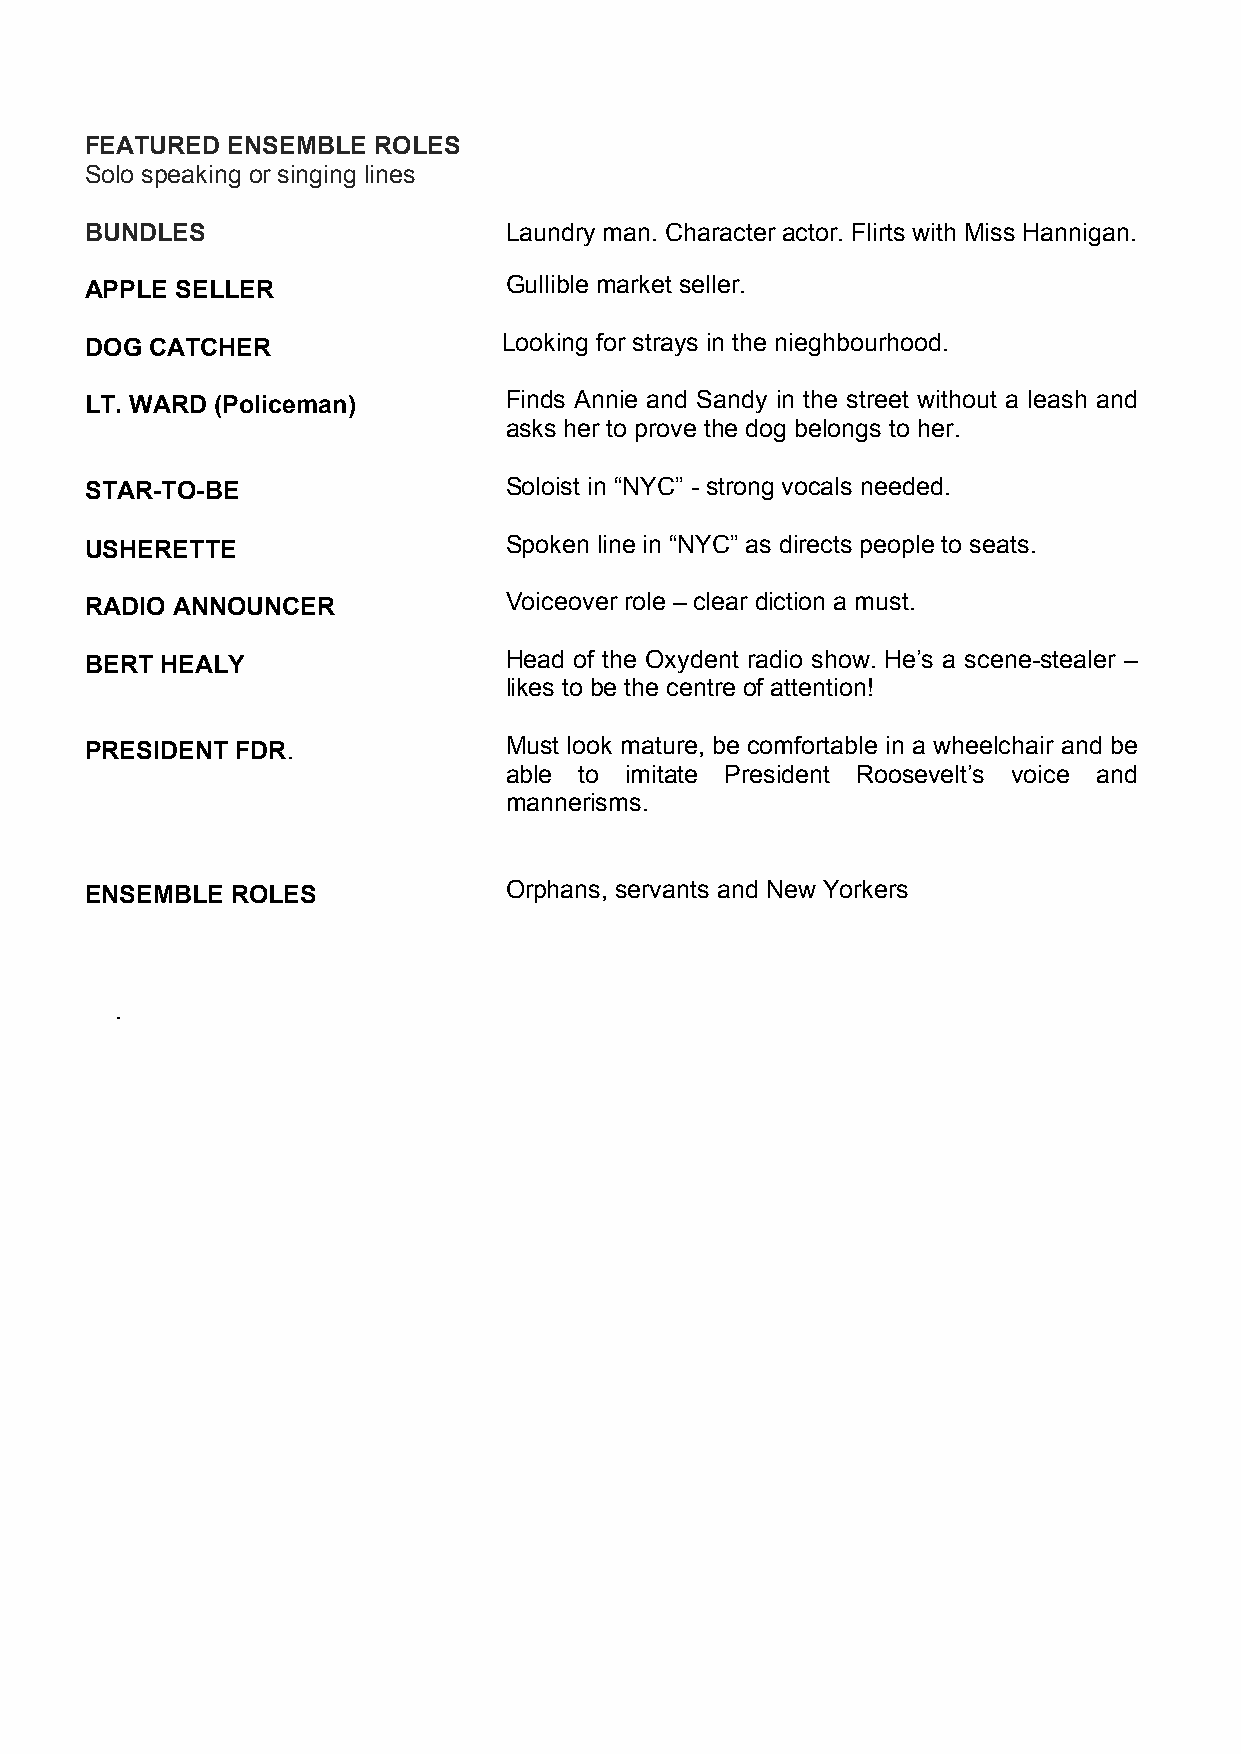
FEATURED ENSEMBLE  ROLES
 Solo speaking or singing lines
 BUNDLES                    Laundry man. Character actor. Flirts with Miss Hannigan.
 APPLE SELLER               Gullible market seller.
 DOG CATCHER                Looking for strays in the nieghbourhood.
 LT. WARD (Policeman)       Finds Annie and Sandy in the street without a leash and
 asks her to prove the dog belongs to her.
 STAR-TO-BE                 Soloist in “NYC” - strong vocals needed.
 USHERETTE                  Spoken line in “NYC” as directs people to seats.
 RADIO ANNOUNCER            Voiceover role – clear diction a must.
 BERT HEALY                 Head of the Oxydent radio show. He’s a scene-stealer –
 likes to be the centre of attention!
 PRESIDENT FDR.             Must look mature, be comfortable in a wheelchair and be
 able to imitate President Roosevelt’s voice and
 mannerisms.
 ENSEMBLE ROLES             Orphans, servants and New Yorkers
 .